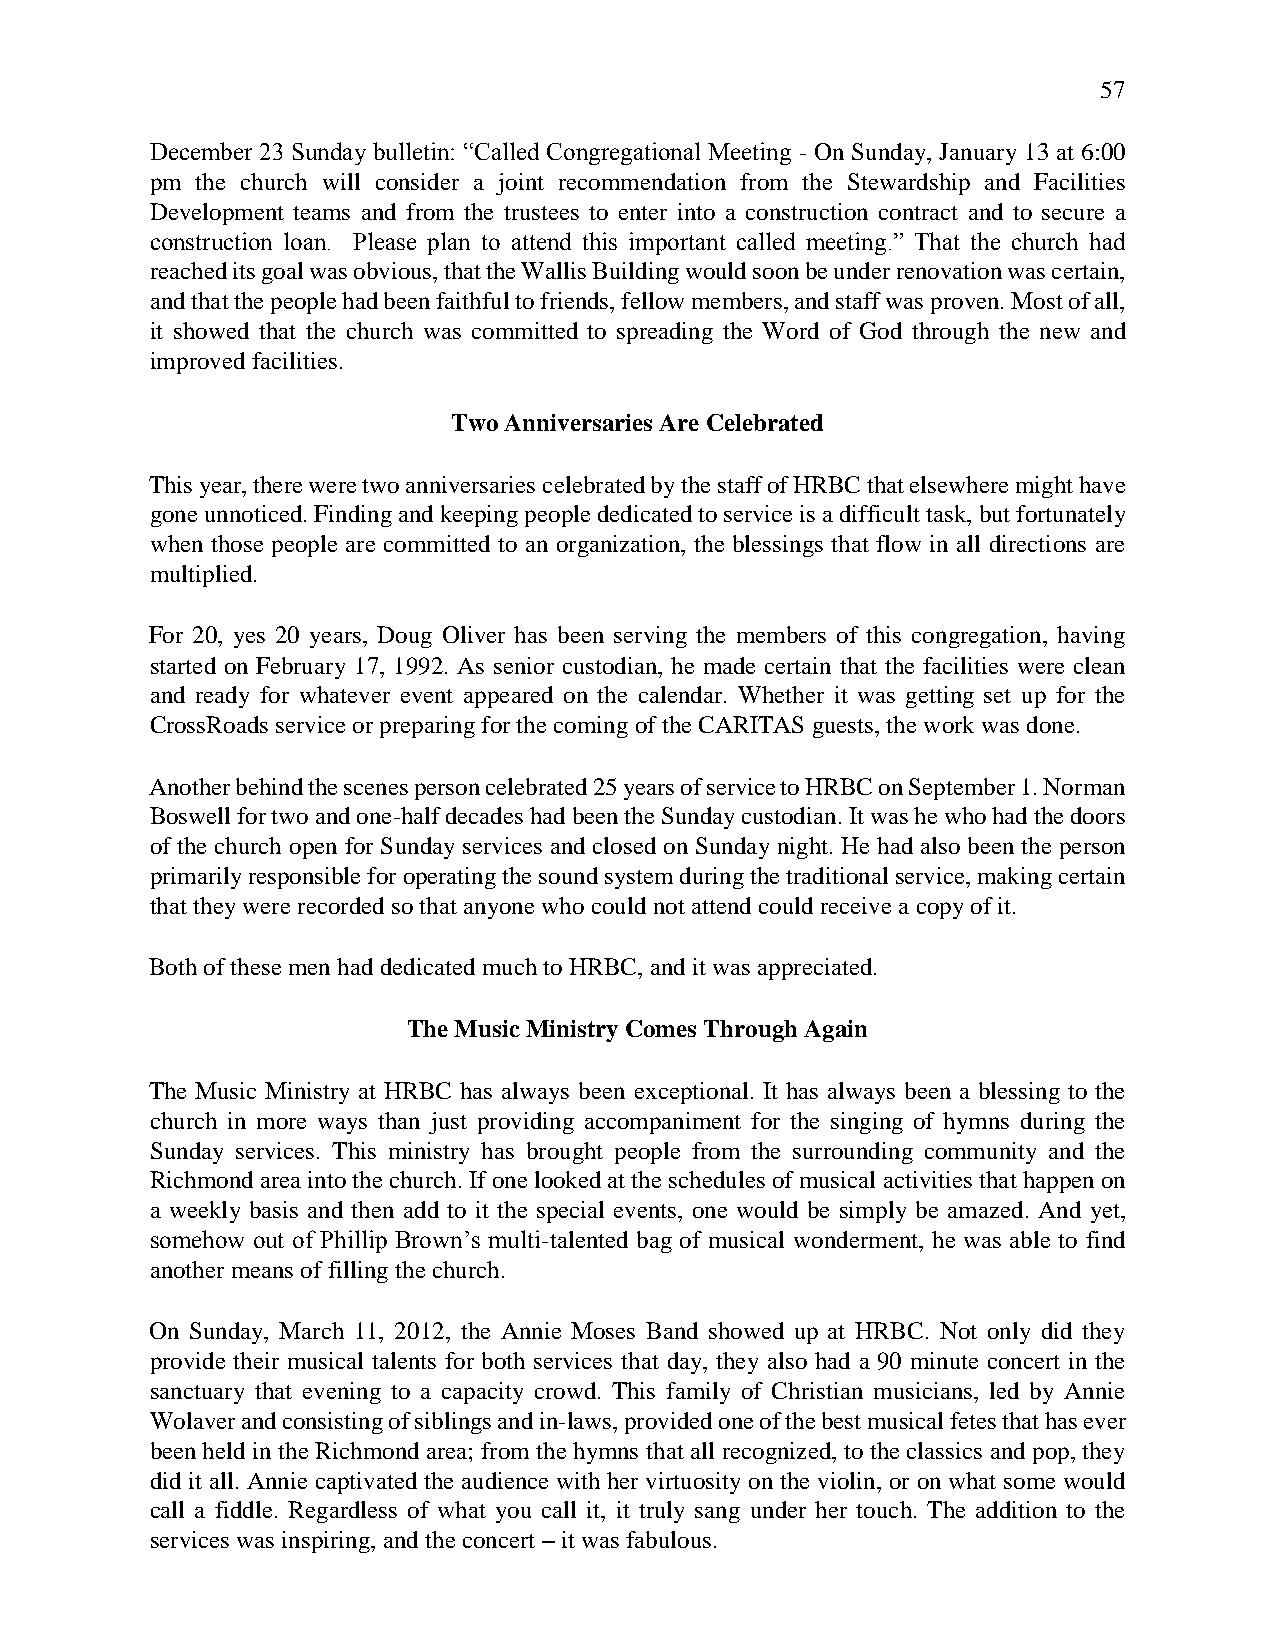
57
 December 23 Sunday bulletin: “Called Congregational Meeting - On Sunday, January 13 at 6:00
 pm the church will consider a joint recommendation from the Stewardship and Facilities
 Development teams and from the trustees to enter into a construction contract and to secure a
 construction loan. Please plan to attend this important called meeting.” That the church had
 reached its goal was obvious, that the Wallis Building would soon be under renovation was certain,
 and that the people had been faithful to friends, fellow members, and staff was proven. Most of all,
 it showed that the church was committed to spreading the Word of God through the new and
 improved facilities.
 Two Anniversaries Are Celebrated
 This year, there were two anniversaries celebrated by the staff of HRBC that elsewhere might have
 gone unnoticed. Finding and keeping people dedicated to service is a difficult task, but fortunately
 when those people are committed to an organization, the blessings that flow in all directions are
 multiplied.
 For 20, yes 20 years, Doug Oliver has been serving the members of this congregation, having
 started on February 17, 1992. As senior custodian, he made certain that the facilities were clean
 and ready for whatever event appeared on the calendar. Whether it was getting set up for the
 CrossRoads service or preparing for the coming of the CARITAS guests, the work was done.
 Another behind the scenes person celebrated 25 years of service to HRBC on September 1. Norman
 Boswell for two and one-half decades had been the Sunday custodian. It was he who had the doors
 of the church open for Sunday services and closed on Sunday night. He had also been the person
 primarily responsible for operating the sound system during the traditional service, making certain
 that they were recorded so that anyone who could not attend could receive a copy of it.
 Both of these men had dedicated much to HRBC, and it was appreciated.
 The Music Ministry Comes Through Again
 The Music Ministry at HRBC has always been exceptional. It has always been a blessing to the
 church in more ways than just providing accompaniment for the singing of hymns during the
 Sunday services. This ministry has brought people from the surrounding community and the
 Richmond area into the church. If one looked at the schedules of musical activities that happen on
 a weekly basis and then add to it the special events, one would be simply be amazed. And yet,
 somehow out of Phillip Brown’s multi-talented bag of musical wonderment, he was able to find
 another means of filling the church.
 On Sunday, March 11, 2012, the Annie Moses Band showed up at HRBC. Not only did they
 provide their musical talents for both services that day, they also had a 90 minute concert in the
 sanctuary that evening to a capacity crowd. This family of Christian musicians, led by Annie
 Wolaver and consisting of siblings and in-laws, provided one of the best musical fetes that has ever
 been held in the Richmond area; from the hymns that all recognized, to the classics and pop, they
 did it all. Annie captivated the audience with her virtuosity on the violin, or on what some would
 call a fiddle. Regardless of what you call it, it truly sang under her touch. The addition to the
 services was inspiring, and the concert – it was fabulous.